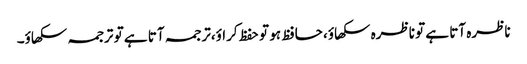
ناظرہ آتا ہے تو ناظرہ سکھاؤ، حافظ ہو تو حفظ کراؤ،ترجمہ آتا ہے تو ترجمہ سکھاؤ۔